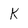
Character: K